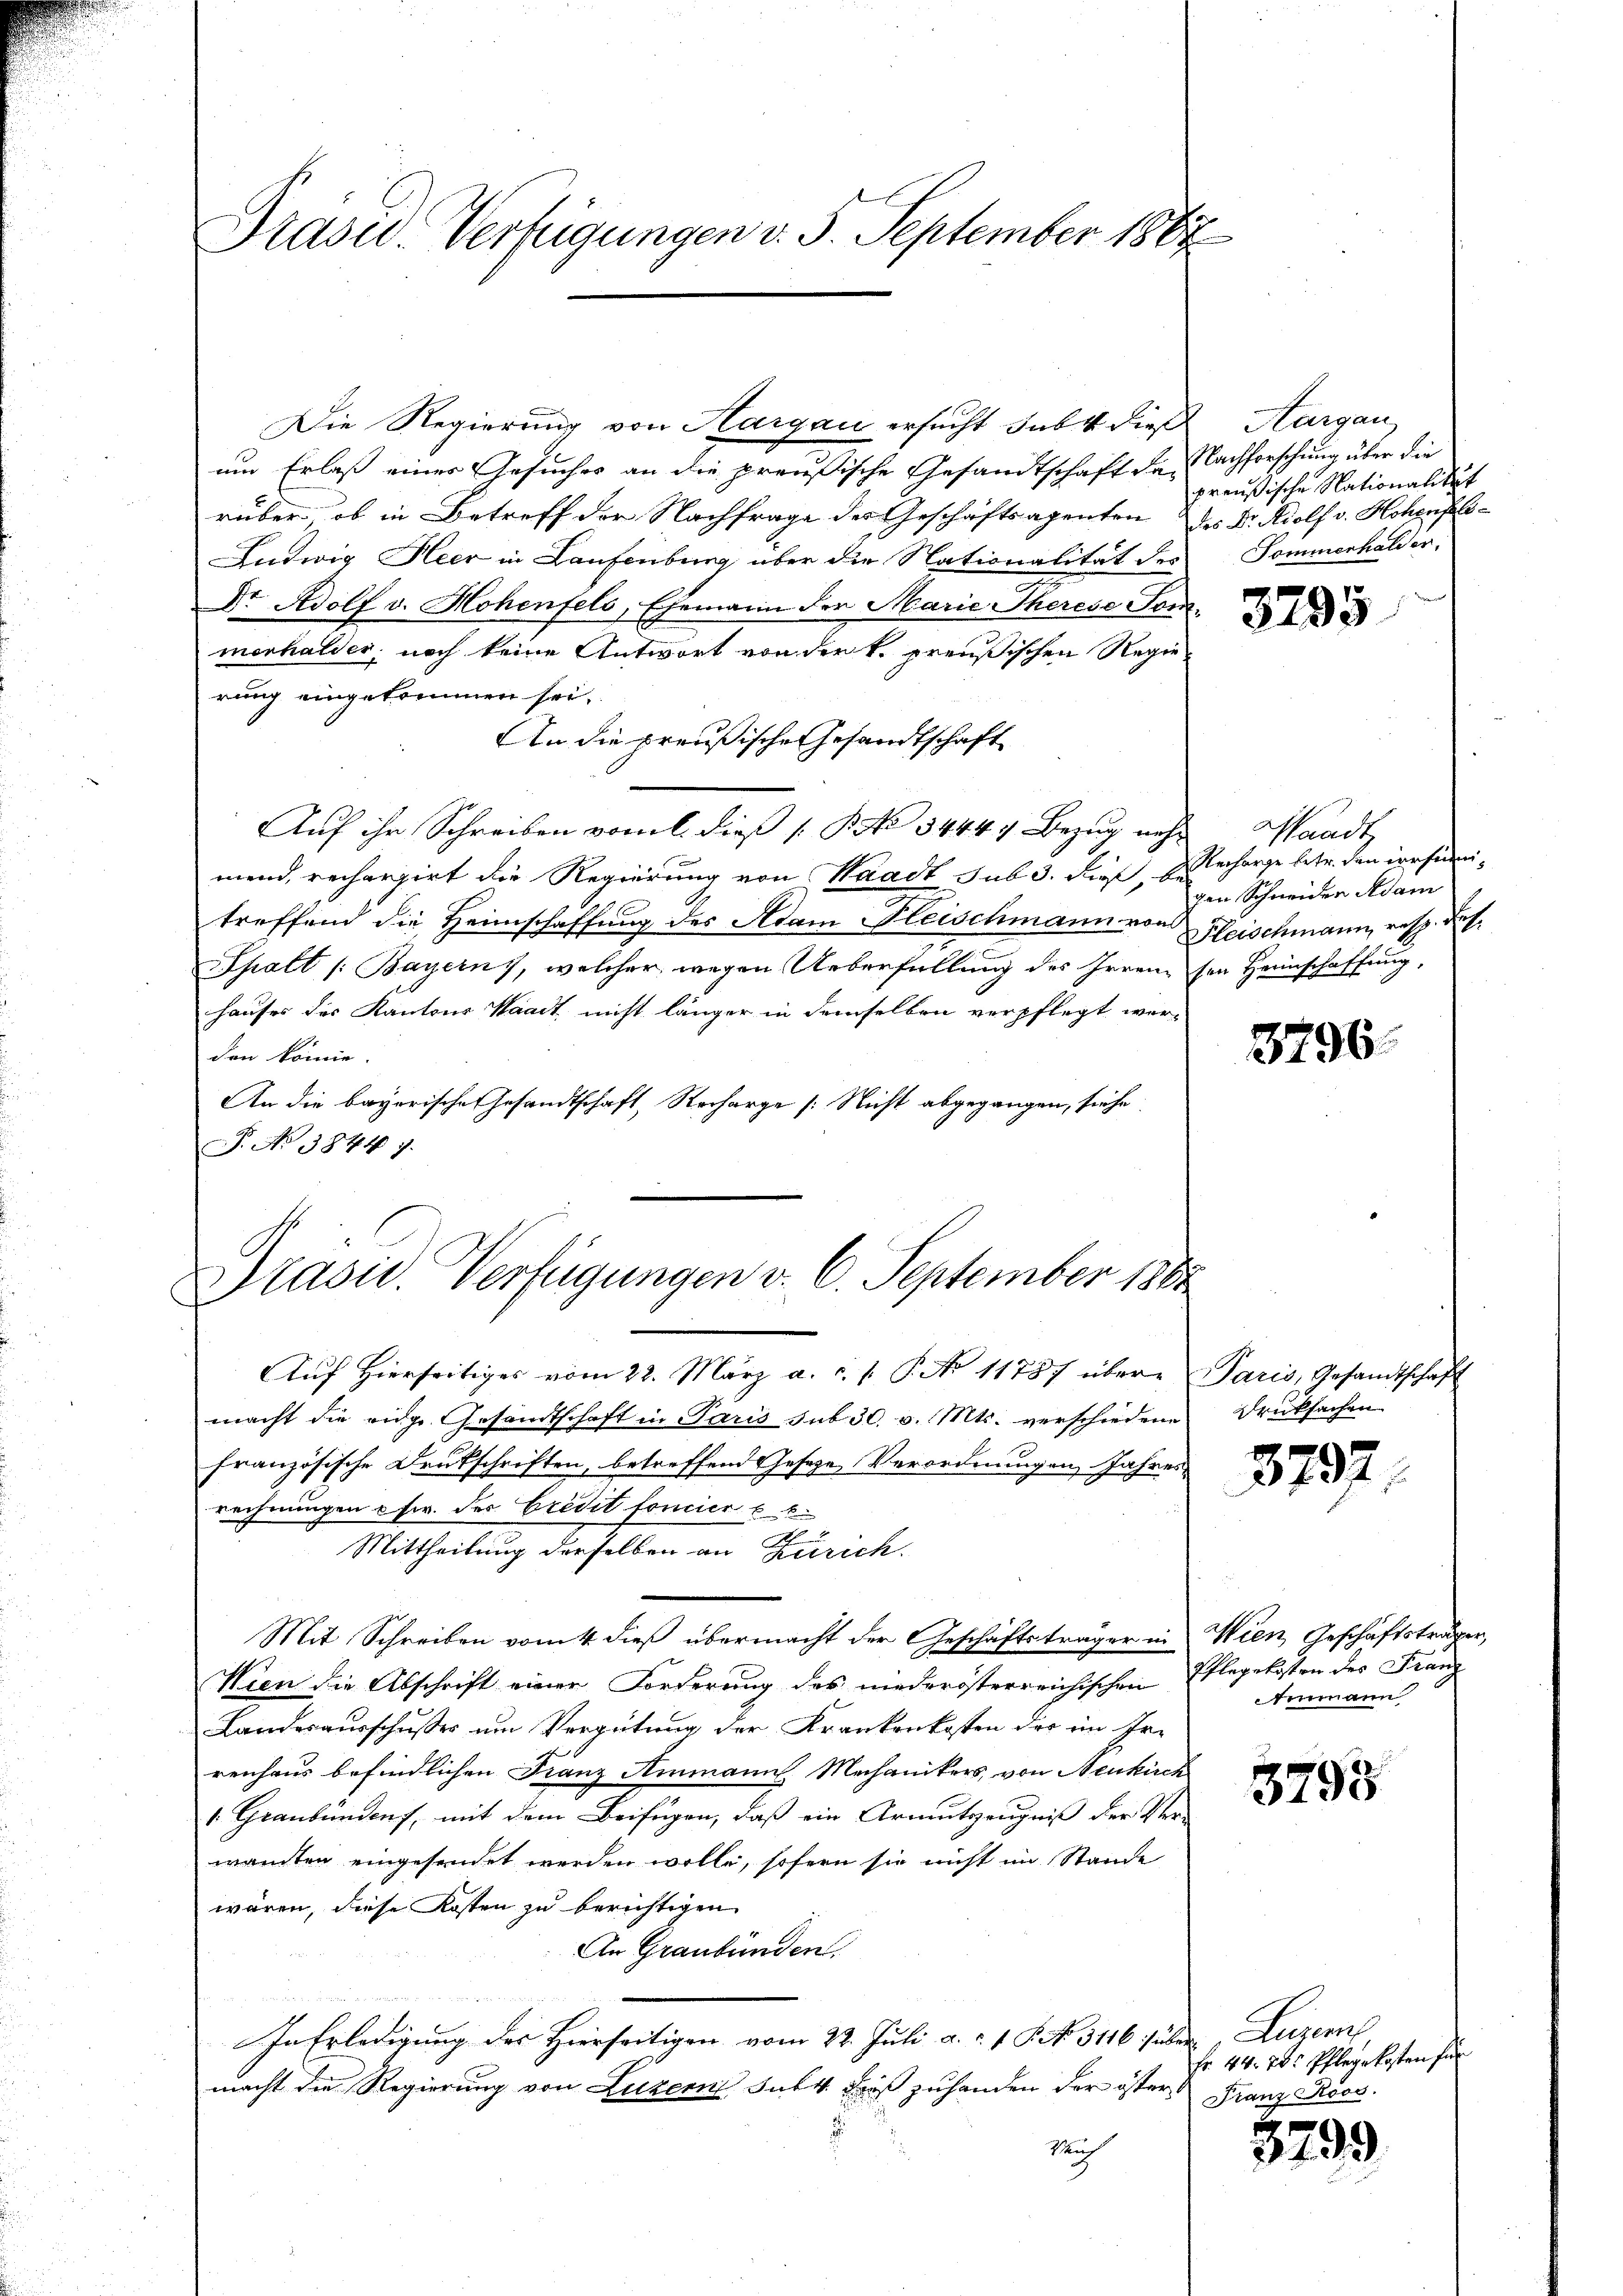
Brasid. Verfügungen v. 5. September 1867

Die Regierung von Hargau ersucht subt dieß
um Erlaß einer Gesuches an die preußische Gesandtschaft der Nachforschung über die
rüber, ob in Betreff der Nachfrage der Geschäftsagenten des Dr. Adolf v. Hohens¬
Ludwig Heer in Laufenburg über die Nationalität des
Dr. Adolf v. Hohenfels, Ehemann der Marie Therese Sommorhalder, noch keine Antwort von der k. preußischen Regierung eingekommen sei.
An die preußische Gesandtschaft
Auf ihr Schreiben vom 1. die er /. M. No 14449. Bezug nicht
mend, rechargirt die Regierung von Waadt sub 3. dieß, D. Recharge betr. den irrsini-
treffend die Heimschaffung des Adam Fleischmann von Fleischmann, resp. des
Spalt /: Bayern), welcher wegen Ueberfüllung des Irrenz sei Heimschaffung,
hauses des Kantons Waadt nicht länger in demselben verpflegt wer-
don könne.
An die bayorische Gesandtschaft, Recharge [Nicht abgegangen, siehe
P. No. 1844 7.
Präsid. Verfügungen v. 6. September 1861
B

Auf hierseitiges vom 22. März a. c. s. S. No 11787 übere Paris, Gesandtschaft
macht die eidg. Gesandtschaft in Paris sub 30. v. Mts. verschiedene
französische Drukschriften, betreffend Geseze Verordnungen Jahres
rechnungen Chr. des Credit foncier k. k.
7
Mittheilung derselben an Zürich.
Mit Schreiben vom 4. dieß übermacht der Geschäftsträger in Wien Geschäftsträger
Wien die Abschrift einer Forderung des niederösterreichischen Erlegekosten des Franz
Landesausschusses um Vergütung der Krankenkosten der im Errenhaus befindlichen Franz Ammanns Mechanikers, von Neukirch
1. Graubünden, mit dem Beifügen, daß ein Armutszeugniß der Ver-
wandten eingesendet werden wolle, sofern sie nicht im Stande
wären, diese Kosten zu berichtigen
An Graubünden.
In Erledigung des Hierseitigen vom 22. Juli a. a. 1. P. Nr. 3116. über Luzern
macht die Regierung von Luzern sut 4. dieß zuhanden der öster
Rauch

Aargau,
preußische Nationalität
Tommerhalder.

3795

Waadt,
gen Schneiden Adam

3796.

Drucksachen

3797

Einmann

3793

Fr. 44. 75. Pflegekosten für
Franz Roos.

3799